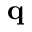
\mathbf { q }